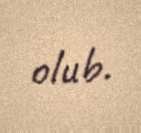
olub.